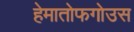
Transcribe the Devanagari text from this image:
हेमातोफगोउस